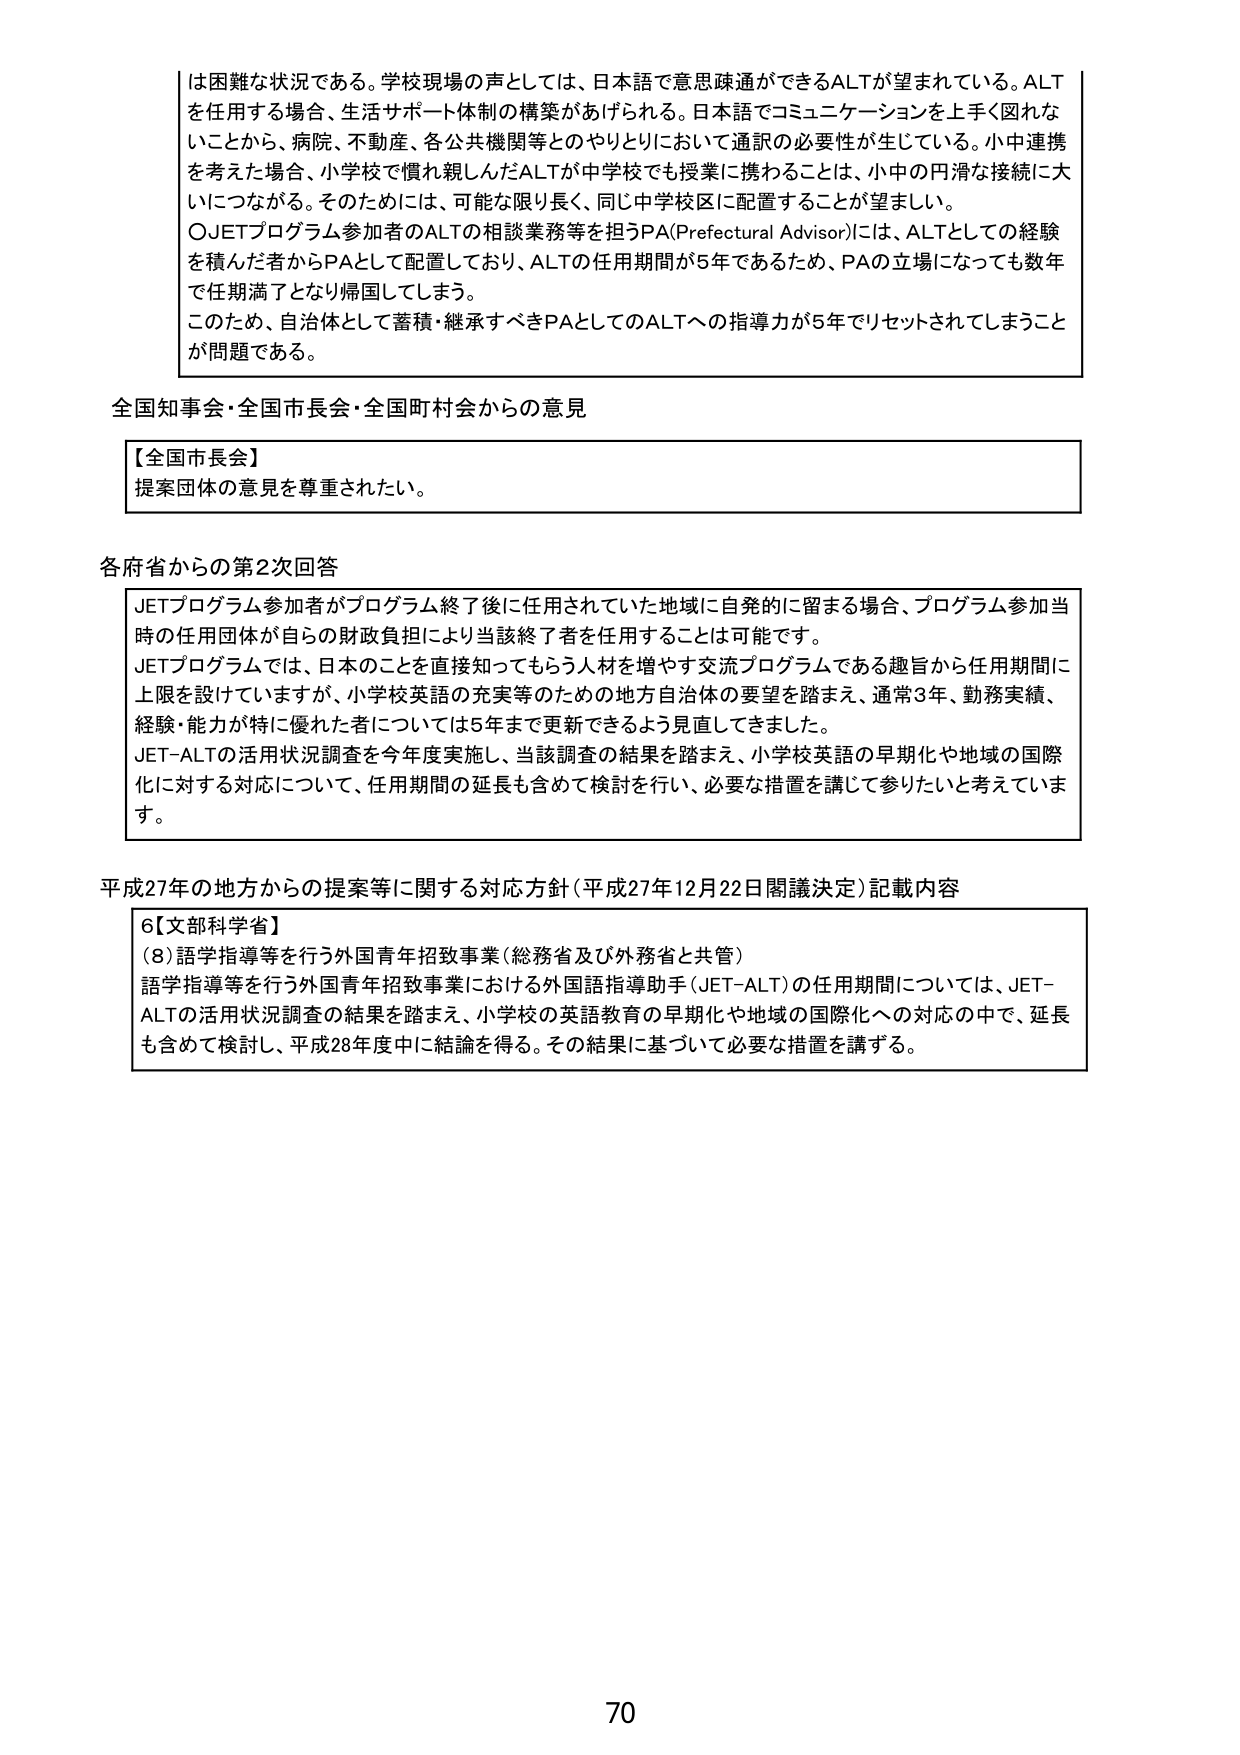
は困難な状況である。学校現場の声としては、日本語で意思疎通ができるALTが望まれている。ALTを任用する場合、生活サポート体制の構築があげられる。日本語でコミュニケーションを上手く図れないことから、病院、不動産、各公共機関等とのやりとりにおいて通訳の必要性が生じている。小中連携を考えた場合、小学校で慣れ親しんだALTが中学校でも授業に携わることは、小中の円滑な接続に大いにつながる。そのためには、可能な限り長く、同じ中学校区に配置することが望ましい。

〇JETプログラム参加者のALTの相談業務等を担うPA(Prefectural Advisor)には、ALTとしての経験を積んだ者からPAとして配置しており、ALTの任用期間が5年であるため、PAの立場になっても数年で任期満了となり帰国してしまう。

このため、自治体として蓄積・継承すべきPAとしてのALTへの指導力が5年でリセットされてしまうことが問題である。

全国知事会・全国市長会・全国町村会からの意見

【全国市長会】
提案団体の意見を尊重されたい。

各府省からの第2次回答

JETプログラム参加者がプログラム終了後に任用されていた地域に自発的に留まる場合、プログラム参加当時の任用団体が自らの財政負担により当該終了者を任用することは可能です。
JETプログラムでは、日本のことを見直接知ってもらう人材を増やす交流プログラムである趣旨から任用期間に上限を設けていますが、小学校英語の充実等のための地方自治体の要望を踏まえ、通常3年、勤務実績、経験・能力が特に優れた者については5年まで更新できるよう見直してきました。
JET-ALTの活用状況調査を今年度実施し、当該調査の結果を踏まえ、小学校英語の早期化や地域の国際化に対する対応について、任用期間の延長も含めて検討を行い、必要な措置を講じて参りたいと考えています。

平成27年の地方からの提案等に関する対応方針（平成27年12月22日閣議決定）記載内容

6【文部科学省】
（8）語学指導等を行う外国青年招致事業（総務省及び外務省と共管）
語学指導等を行う外国青年招致事業における外国語指導助手（JET-ALT）の任用期間については、JET-ALTの活用状況調査の結果を踏まえ、小学校の英語教育の早期化や地域の国際化への対応の中で、延長も含めて検討し、平成28年度中に結論を得る。その結果に基づいて必要な措置を講ずる。

70